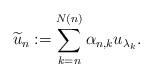
LaTeX: \begin{align*} \widetilde{u}_n := \sum_{k=n}^{N(n)} \alpha_{n,k} u_{\lambda_k}. \end{align*}